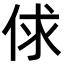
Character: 俅